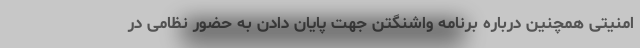
امنیتی همچنین درباره برنامه واشنگتن جهت پایان دادن به حضور نظامی در